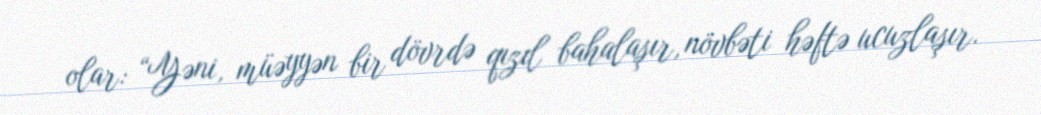
olar: “Yəni, müəyyən bir dövrdə qızıl bahalaşır, növbəti həftə ucuzlaşır.